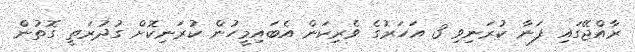
ރާއްޖޭގައި ފަނާ ކުރަނިވި 3 އަހަރުގެ ވެރިކަން އެބައިމީހުން ކުރަނިކޮށް ގުދުރަތީ ގޮތުން